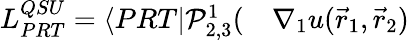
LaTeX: \begin{array}{rl}{L_{PRT}^{QSU}=\langle{PRT}|\mathcal P_{2,3}^{1}(}&{{}\nabla_{1}u(\vec{r}_{1},\vec{r}_{2})}\end{array}